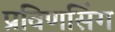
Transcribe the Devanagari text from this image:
प्रविणसिंग